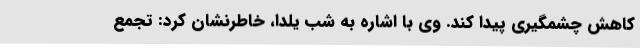
کاهش چشمگیری پیدا کند. وی با اشاره به شب یلدا، خاطرنشان کرد: تجمع